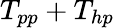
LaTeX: T_{pp}+T_{hp}